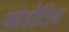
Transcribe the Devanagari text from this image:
गोडौडिन